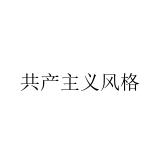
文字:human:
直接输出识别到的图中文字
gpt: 共产主义风格